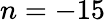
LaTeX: n=-15